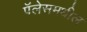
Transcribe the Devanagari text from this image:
पॅलेसमधील